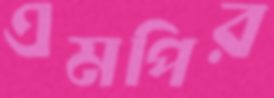
এমপির